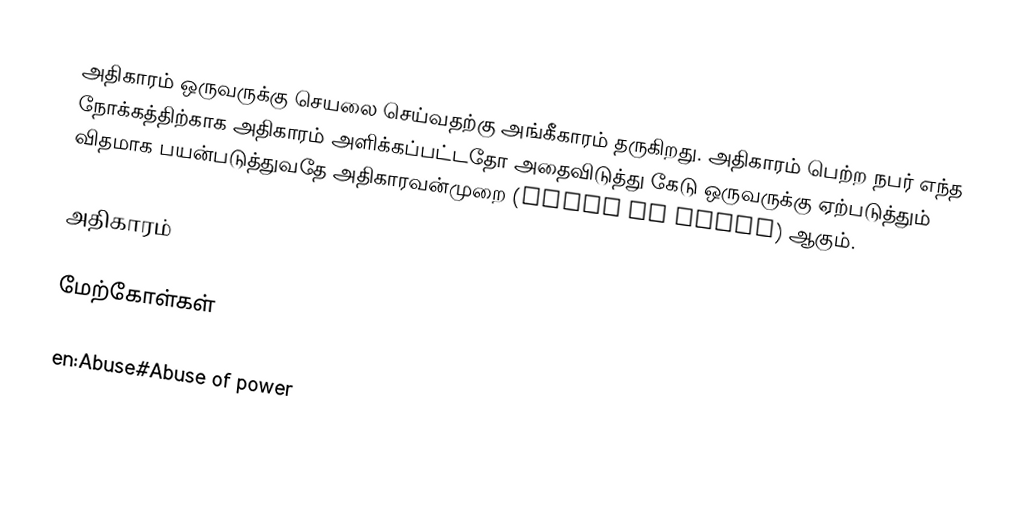
அதிகாரம் ஒருவருக்கு செயலை செய்வதற்கு அங்கீகாரம் தருகிறது. அதிகாரம் பெற்ற நபர் எந்த நோக்கத்திற்காக அதிகாரம் அளிக்கப்பட்டதோ அதைவிடுத்து கேடு ஒருவருக்கு ஏற்படுத்தும் விதமாக பயன்படுத்துவதே அதிகாரவன்முறை (Abuse of Power) ஆகும்.

அதிகாரம்

மேற்கோள்கள்

en:Abuse#Abuse of power